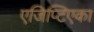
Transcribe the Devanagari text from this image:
एजिप्टिएका